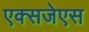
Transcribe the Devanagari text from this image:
एक्सजेएस